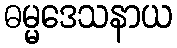
ဓမ္မဒေသနာယ